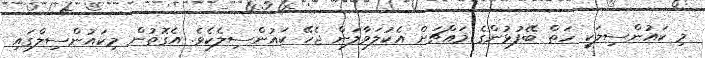
މި ކައުންސިލަކީ ހަތް ބޭފުޅުންގެ މައްޗަށް އެކުލަވާލަން ޖެހޭ ކައުންސިލެކެވެ. އެގޮތުން މިކައުންސިލްގައި